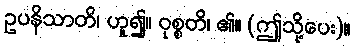
ဥပနိသာတိ၊ ဟူ၍။ ဝုစ္စတိ၊ ၏။ (ဤသို့ပေး)။